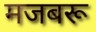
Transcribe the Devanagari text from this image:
मजबरू